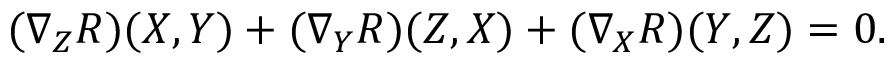
( \nabla _ { Z } R ) ( X , Y ) + ( \nabla _ { Y } R ) ( Z , X ) + ( \nabla _ { X } R ) ( Y , Z ) = 0 .